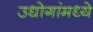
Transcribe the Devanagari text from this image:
उधोगांमध्ये